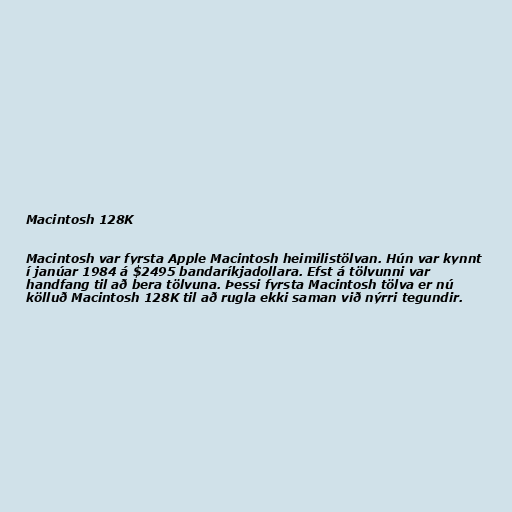
Macintosh 128K

Macintosh var fyrsta Apple Macintosh heimilistölvan. Hún var kynnt
í janúar 1984 á $2495 bandaríkjadollara. Efst á tölvunni var
handfang til að bera tölvuna. Þessi fyrsta Macintosh tölva er nú
kölluð Macintosh 128K til að rugla ekki saman við nýrri tegundir.